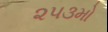
૨૫૩મો